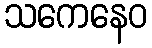
သကေနေဝ